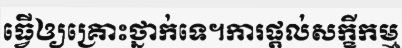
ធ្វើឲ្យគ្រោះថ្នាក់ទេ។ការផ្តល់សក្ខីកម្ម